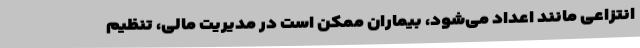
انتزاعی مانند اعداد می‌شود، بیماران ممکن است در مدیریت مالی، تنظیم